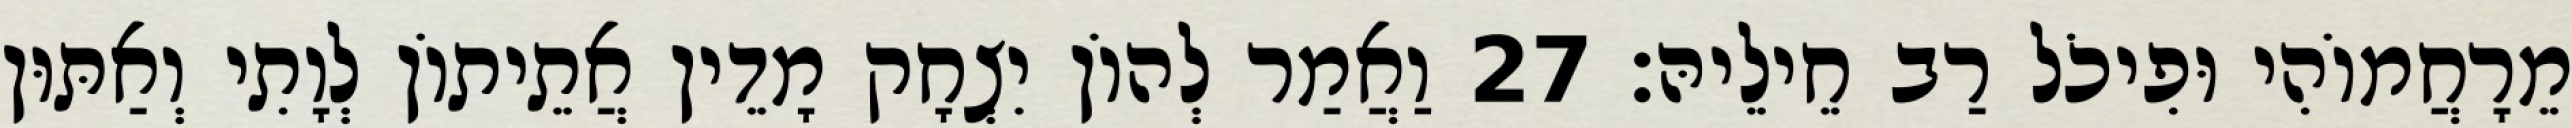
מֵרָחֲמוֹהִי וּפִיכֹל רַב חֵילֵיהּ׃ 27 וַאֲמַר לְהוֹן יִצְחָק מָדֵין אֲתֵיתוֹן לְוָתִי וְאַתּוּן